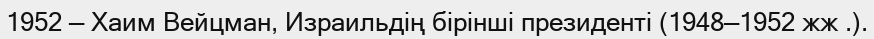
1952 — Хаим Вейцман, Израильдің бірінші президенті (1948—1952 жж .).